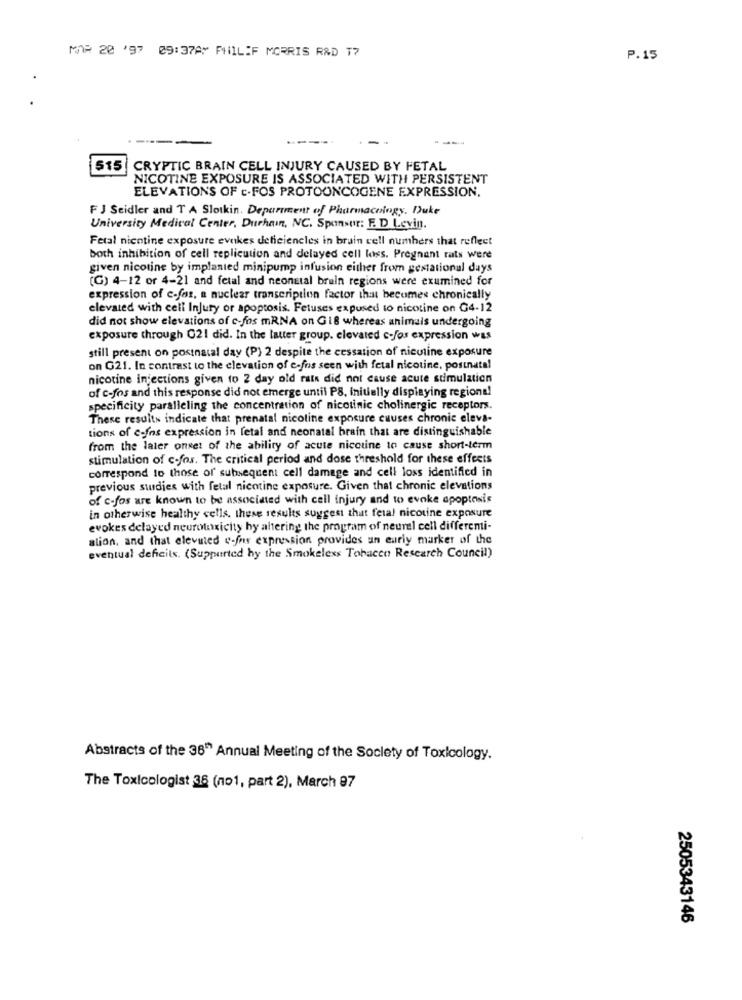
MAR 20 '97 09:37AM PHILIF MORRIS R&D T7
P.15
515
CRYPTIC BRAIN CELL INJURY CAUSED BY FETAL
NICOTINE EXPOSURE IS ASSOCIATED WITH PERSISTENT
ELEVATIONS OF c.FOS PROTOONCOGENE EXPRESSION,
FJ Seidler and T A Slotkin. Department of Pharmacology. Duke
University Medical Center, Duchain, NC. Sponsor: F. D Levin.
Fetal nicotine exposure evokes deficiencies in brain cell numbers that reflect
both inhibition of cell replication and delayed cell loss. Pregnant rats were
given nicotine by implanted minipump infusion either from gestational days
(G) 4-12 or 4-21 and fetal and neonatal bruin regions were examined for
expression of c-for, a nuclear transcription factor ihat becomes chronically
elevated with cell Injury or apoptosis. Fetuses expused to nicotine on G4-12
did not show elevations of c-fos mRNA on Gi8 whereas animais undergoing
exposure through 021 did. In the latter group. elevated c-fos expression was
still present on postnatal day (P) 2 despite the cessation of nicotine exposure
on G21. In contrast to the elevation of e-fos seen with fetal nicotine, postnata!
nicotine injections given to 2 day old rats did not cause acute stimulation
of c-fos and this response did not emerge until PS, initially displaying regione!
specificity paralleling the concentration of nicotinic cholinergic receptors.
These results indicate that prenatal nicotine exposure causes chronic eleva-
tions of c-fos expression in fetal and neonatal brain that are distinguishable
from the later onset of the ability of acute nicotine to cause short-term
stimulation of c-fos. The critical period and dose threshold for these effects
correspond to those of subsequent cell damage and cell loss identified in
previous studies with fetal nicotine exposure. Given that chronic elevations
of c-fos are known to be associated with cell injury and to evoke apoptosis
in otherwise healthy cells. these results suggest that fetal nicotine exposure
evokes delayed neurotoxicity hy altering the program of neurel cell differemi-
ation, and that elevated v-for expression provides an eurly marker of the
eventual deficits. (Supported hy the Smokeless Tobacco Research Council)
Abstracts of the 36" Annual Meeting of the Society of Toxicology.
The Toxicologist 36 (no1, part 2), March 97
2505343146